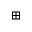
\boxplus